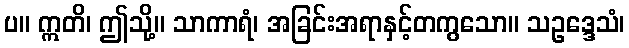
ပ။ ဣတိ၊ ဤသို့။ သာကာရံ၊ အခြင်းအရာနှင့်တကွသော။ သဥဒ္ဒေသံ၊